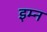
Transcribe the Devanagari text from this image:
इम्न